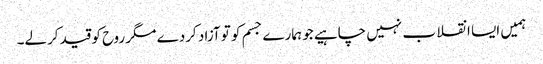
ہمیں ایسا انقلا ب نہیں چاہیے جو ہمارے جسم کو تو آزاد کردے مگر روح کو قید کرلے۔